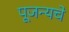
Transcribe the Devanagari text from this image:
पूजन्यचे